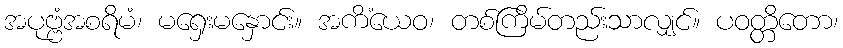
အပုဗ္ဗံအစရိမံ၊ မရှေးမနှောင်း။ အကိံယေဝ၊ တစ်ကြိမ်တည်းသာလျှင်။ ပဝတ္တိတော၊